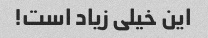
این خیلی زیاد است!